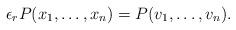
LaTeX: \begin{align*}\epsilon_rP(x_1, \ldots, x_n)=P(v_1, \ldots, v_n).\end{align*}